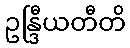
ဥန္ဒြီယတီတိ